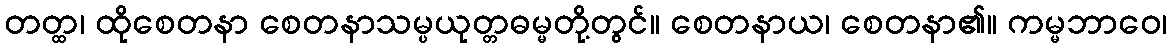
တတ္ထ၊ ထိုစေတနာ စေတနာသမ္ပယုတ္တဓမ္မတို့တွင်။ စေတနာယ၊ စေတနာ၏။ ကမ္မဘာဝေ၊